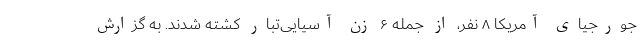
جورجیای آمریکا ۸ نفر، از جمله ۶ زن آسیایی‌تبار کشته شدند. به گزارش